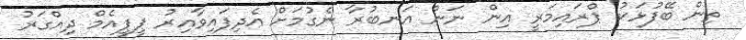
ތިން ބޭފުޅަކު ޕްރައިމަރީ އިން ނަން އަނބުރާ ނެގުމަށް އެދިފައިވާއިރު ޕީޕީއެމް ދިއްގަރު